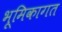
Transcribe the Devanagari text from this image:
भूमिकागत